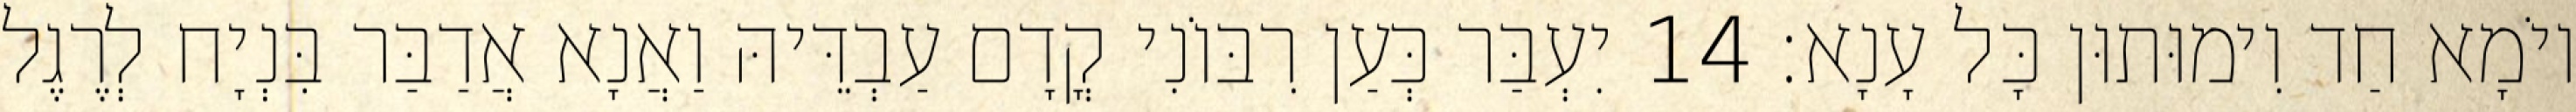
יוֹמָא חַד וִימוּתוּן כָּל עָנָא׃ 14 יִעְבַּר כְּעַן רִבּוֹנִי קֳדָם עַבְדֵּיהּ וַאֲנָא אֲדַבַּר בִּנְיָח לְרֶגֶל